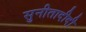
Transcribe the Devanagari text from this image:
सुनीतादीदी